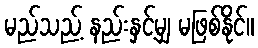
မည်သည့် နည်းနှင့်မျှ မဖြစ်နိုင်။